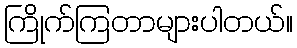
ကြိုက်ကြတာများပါတယ်။